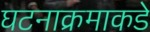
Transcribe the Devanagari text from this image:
घटनाक्रमाकडे